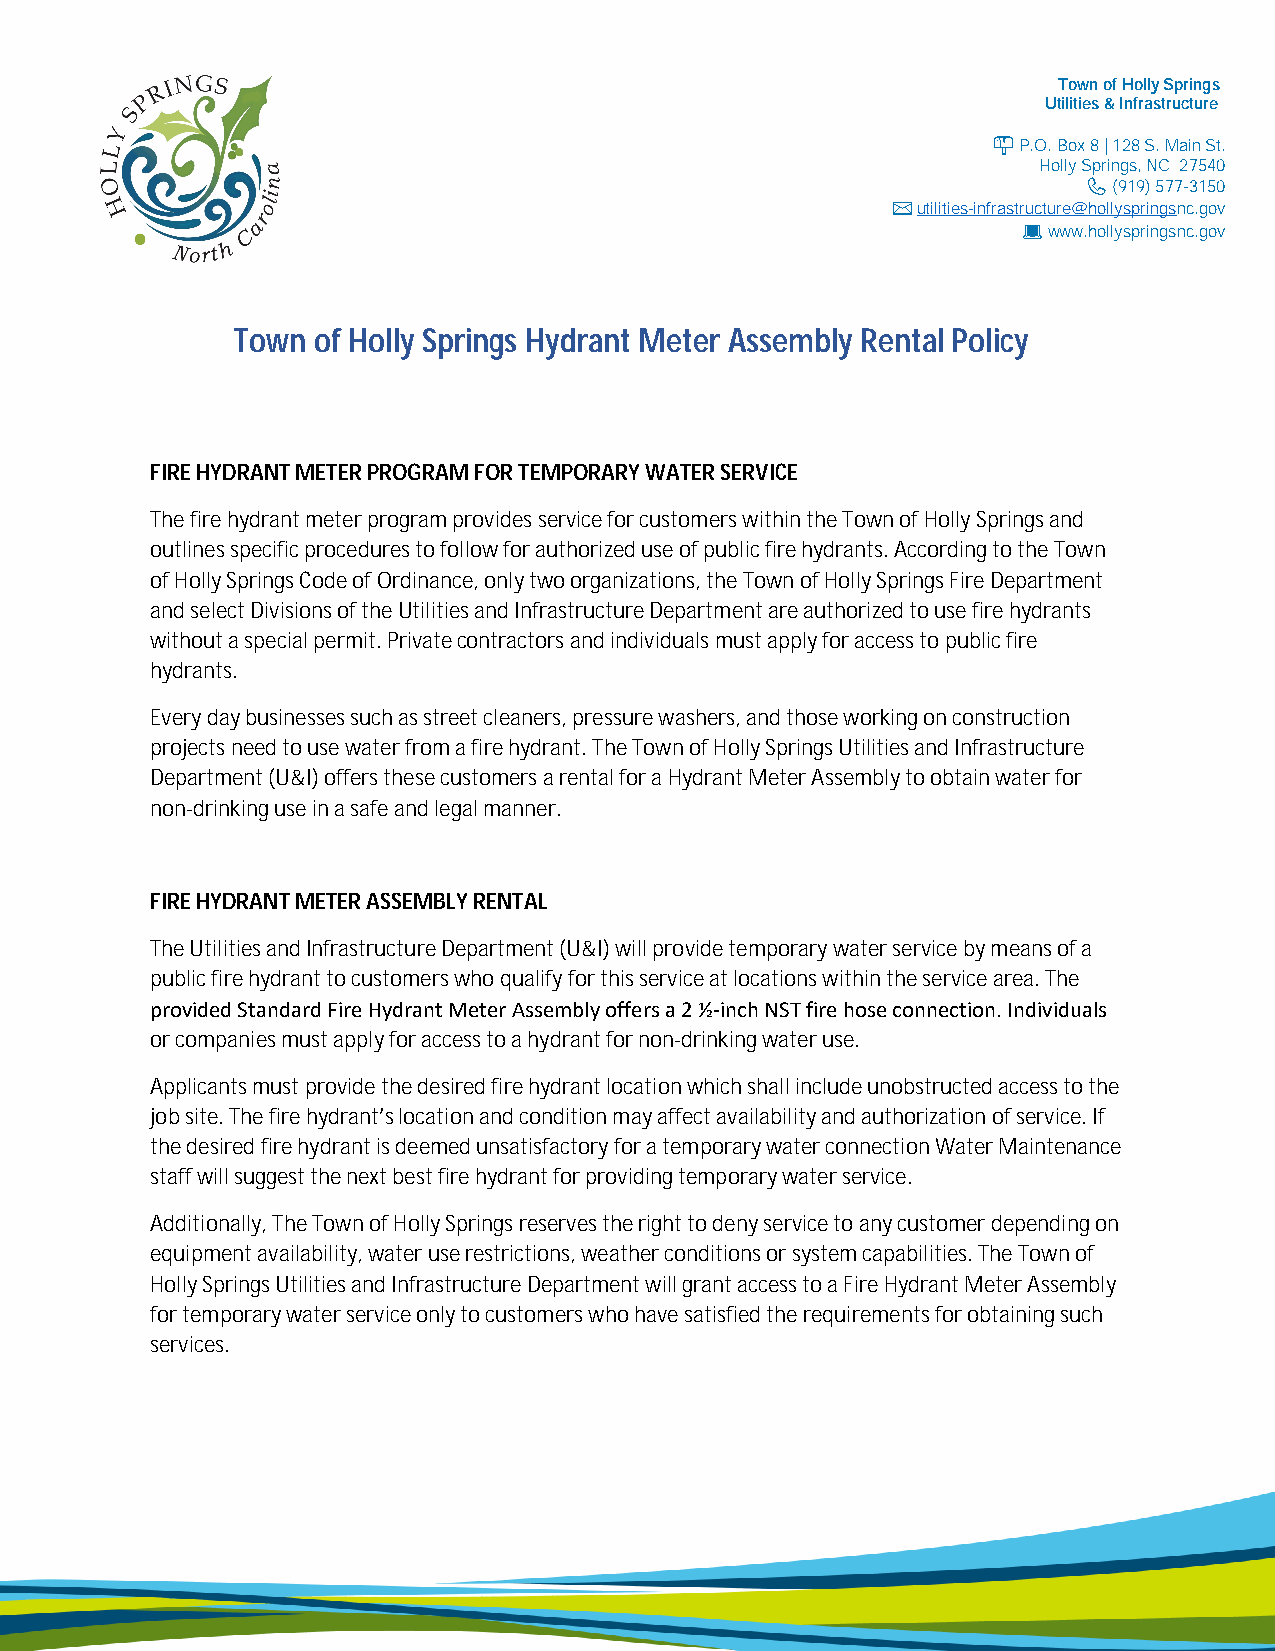
Town of Holly Springs
 Utilities & Infrastructure
 P.O. Box 8 | 128 S. Main St.
 Holly Springs, NC 27540
 (919) 577-3150
 ✉ utilities-infrastructure@hollyspringsnc.gov
 www.hollyspringsnc.gov
 Town  of Holly Springs Hydrant Meter Assembly Rental Policy
 FIRE HYDRANT METER PROGRAM FOR TEMPORARY WATER SERVICE
 The fire hydrant meter program provides service for customers within the Town of Holly Springs and
 outlines specific procedures to follow for authorized use of public fire hydrants. According to the Town
 of Holly Springs Code of Ordinance, only two organizations, the Town of Holly Springs Fire Department
 and select Divisions of the Utilities and Infrastructure Department are authorized to use fire hydrants
 without a special permit. Private contractors and individuals must apply for access to public fire
 hydrants.
 Every day businesses such as street cleaners, pressure washers, and those working on construction
 projects need to use water from a fire hydrant. The Town of Holly Springs Utilities and Infrastructure
 Department (U&I) offers these customers a rental for a Hydrant Meter Assembly to obtain water for
 non-drinking use in a safe and legal manner.
 FIRE HYDRANT METER ASSEMBLY RENTAL
 The Utilities and Infrastructure Department (U&I) will provide temporary water service by means of a
 public fire hydrant to customers who qualify for this service at locations within the service area. The
 provided Standard Fire Hydrant Meter Assembly offers a 2 ½-inch NST fire hose connection. Individuals
 or companies must apply for access to a hydrant for non-drinking water use.
 Applicants must provide the desired fire hydrant location which shall include unobstructed access to the
 job site. The fire hydrant’s location and condition may affect availability and authorization of service. If
 the desired fire hydrant is deemed unsatisfactory for a temporary water connection Water Maintenance
 staff will suggest the next best fire hydrant for providing temporary water service.
 Additionally, The Town of Holly Springs reserves the right to deny service to any customer depending on
 equipment availability, water use restrictions, weather conditions or system capabilities. The Town of
 Holly Springs Utilities and Infrastructure Department will grant access to a Fire Hydrant Meter Assembly
 for temporary water service only to customers who have satisfied the requirements for obtaining such
 services.